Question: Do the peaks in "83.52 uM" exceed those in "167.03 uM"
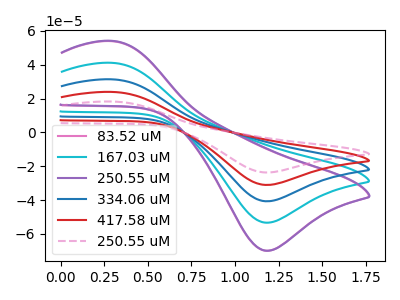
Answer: <think>The pink curve "83.52 uM" has an anodic peak at (0.30V, 53.90uA) and a cathodic peak at (1.20V, -69.95uA). The cyan curve "167.03 uM" has an anodic peak at (0.30V, 41.10uA) and a cathodic peak at (1.20V, -53.35uA). The purple curve "250.55 uM" has an anodic peak at (0.30V, 54.10uA) and a cathodic peak at (1.20V, -69.95uA). The blue curve "334.06 uM" has an anodic peak at (0.30V, 82.25uA) and a cathodic peak at (1.20V, -106.75uA). The red curve "417.58 uM" has an anodic peak at (0.30V, 123.35uA) and a cathodic peak at (1.20V, -160.10uA). The pink dashed curve "250.55 uM" has an anodic peak at (0.30V, 164.50uA) and a cathodic peak at (1.20V, -213.45uA).</think>
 <answer>Every peak in "83.52 uM" is higher than every peak in "167.03 uM".</answer>
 <eval>higher</eval>